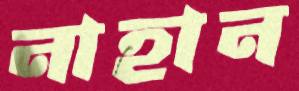
নাহান